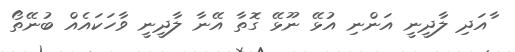
ާއަދި ލާދީނީ އަންނި އުޅޭ ނޫޅޭ ގޮތާ އޭނާ ލާދީނީ ވާހަކައެއް ބުނޭތޯ